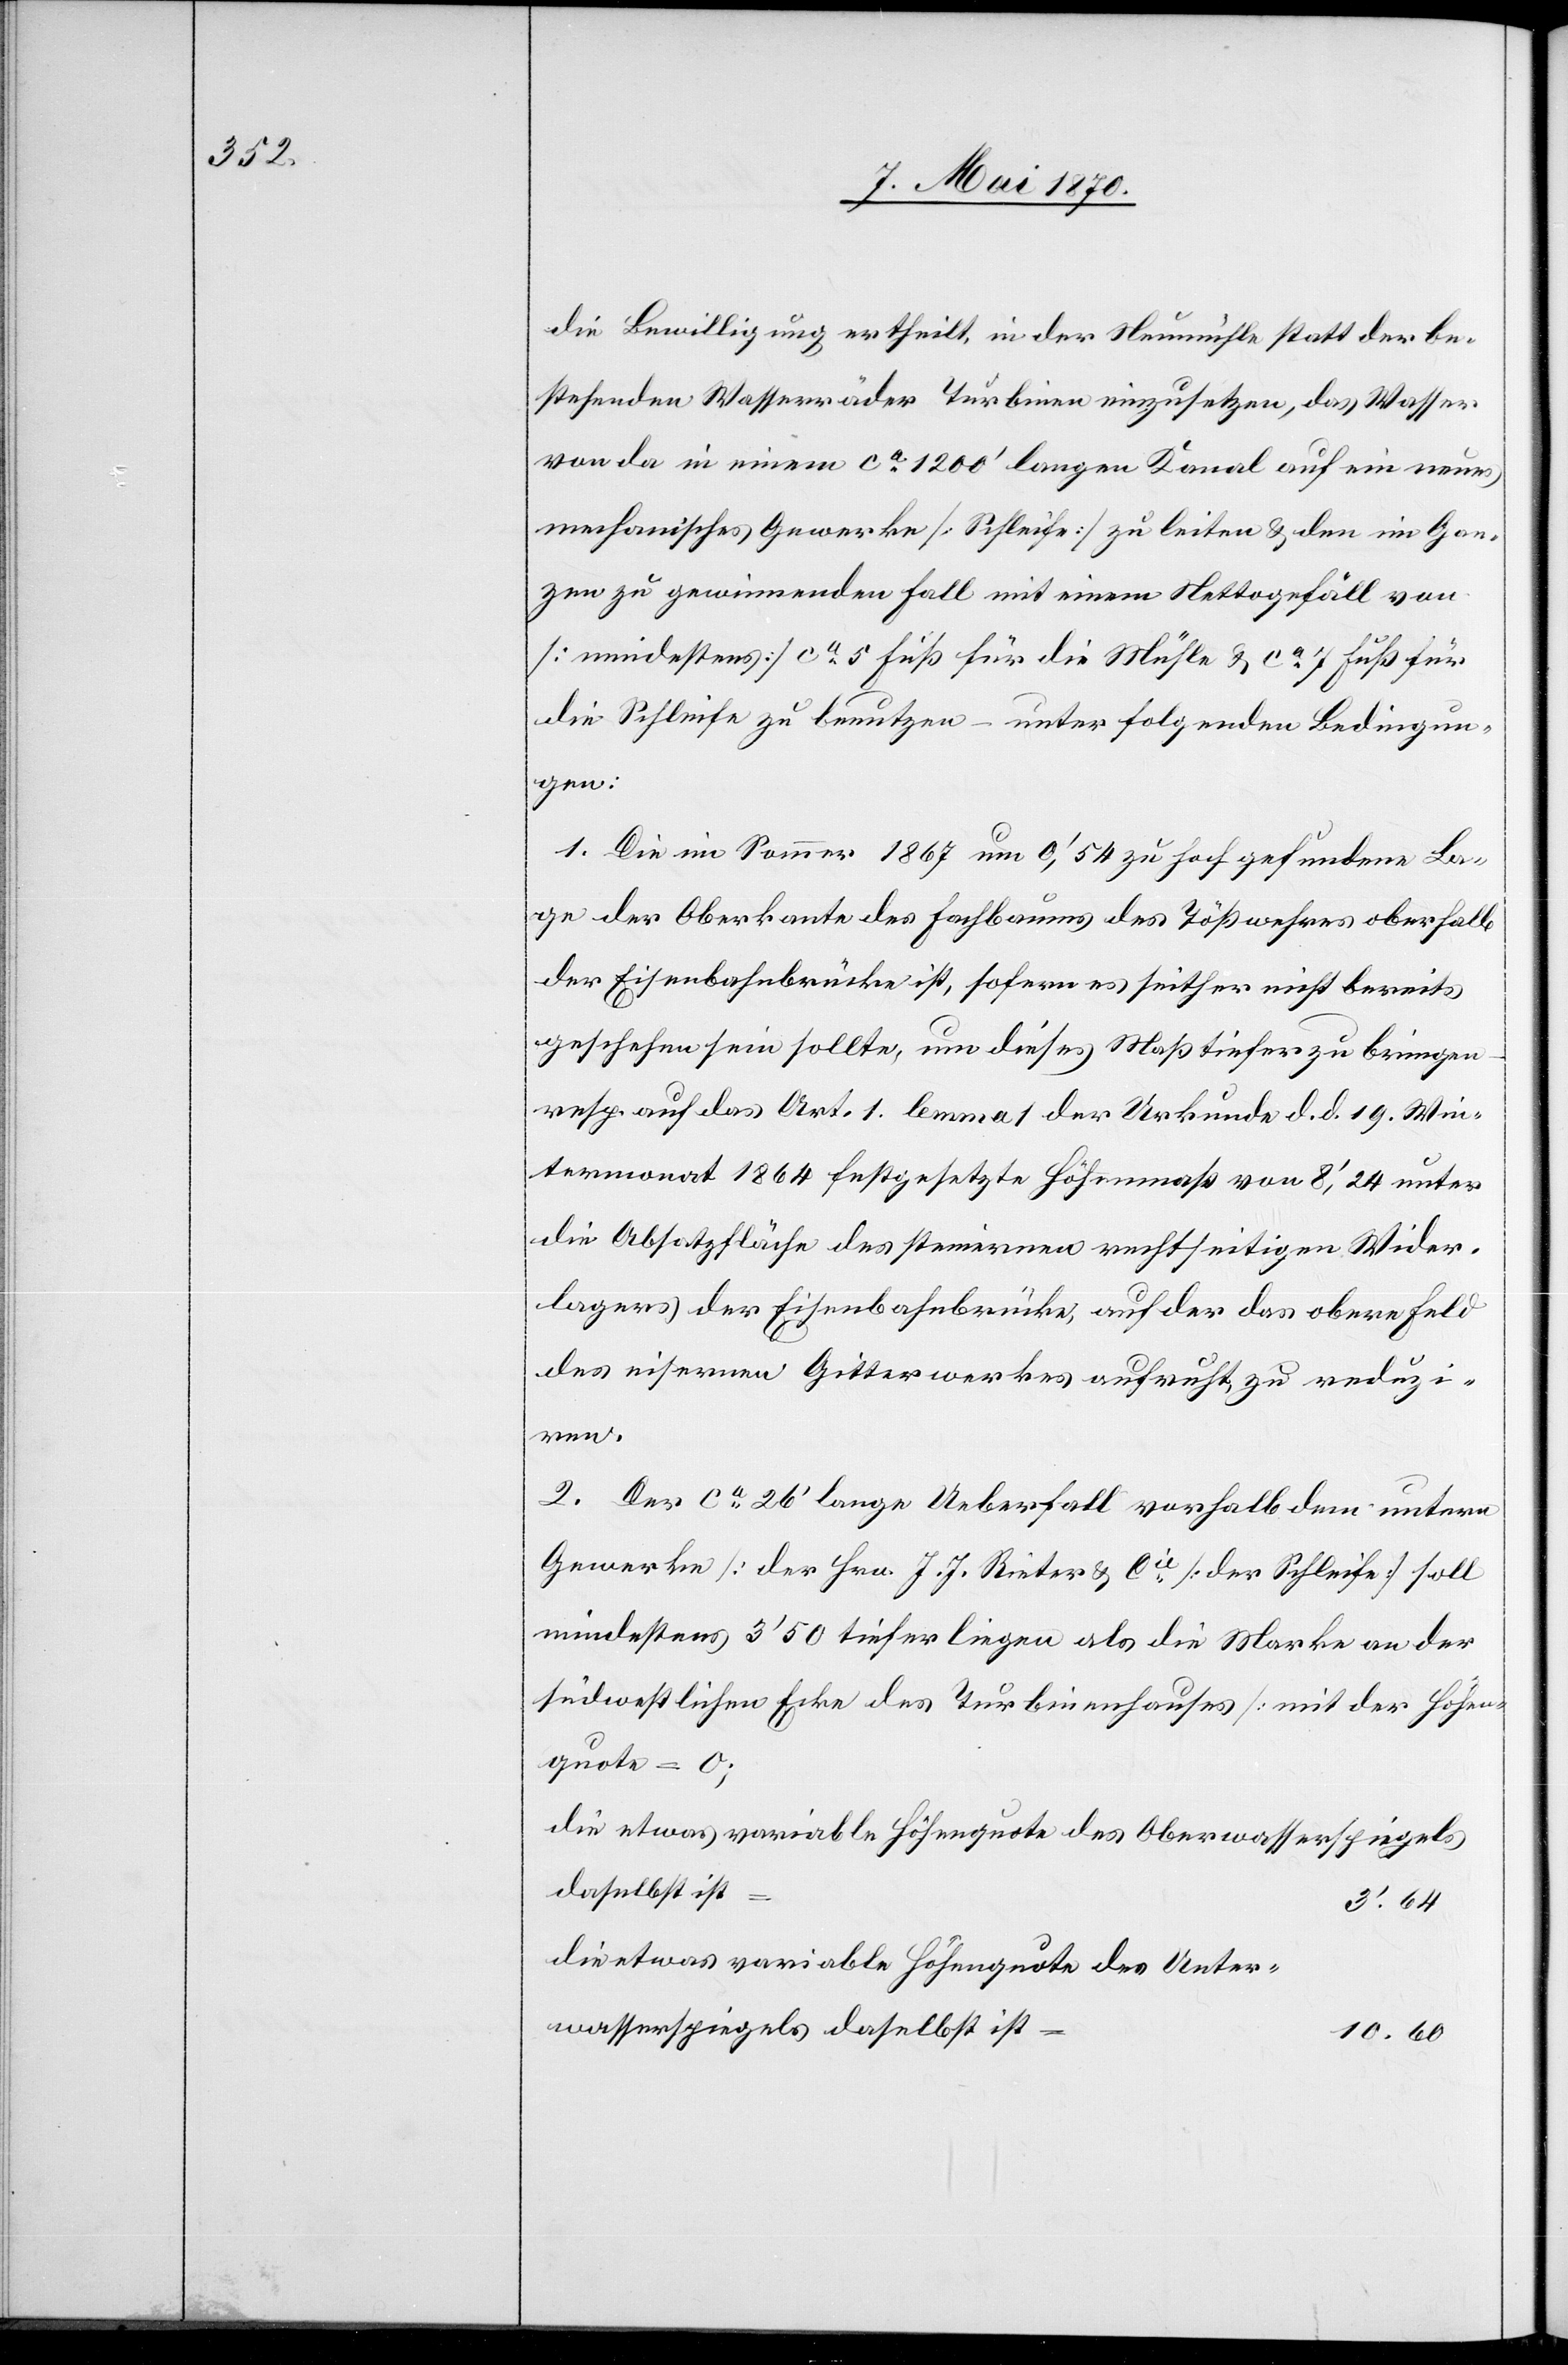
die Bewilligung ertheilt, in der Neumühle statt der be¬
stehenden Wasserräder Turbinen einzusetzen, das Wasser
von da in einem ca 1200‘ langen Kanal auf ein neues
mechanisches Gewerke [Schleife] zu leiten & den im Gan¬
zen zu gewinnenden Fall mit einem Nettogefäll von
[mindestens] ca 5 Fuß für die Mühle & ca 7 Fuß für
die Schleife zu benutzen – unter folgenden Bedingun¬
gen:
1. Die im Sommer 1867 um 0‘,54 zu hoch gefundene La¬
ge der Oberkante des Fachbaumes des Tößwehres oberhalb
der Eisenbahnbrücke ist, sofern es seither nicht bereits
geschehen sein sollte, um dieses Maß tiefer zu bringen
resp. auf das Art. 1 lemma 1 der Urkunde d. d. 19. Win¬
termonat 1864 festgesetzte Höhenmaß von 8‘,24 unter
die Absatzfläche des steinernen rechtseitigen Wider¬
lagers der Eisenbahnbrücke, auf der das obere Feld
des eisernen Gitterwerkes aufruht zu reduzi¬
ren.
2. Der ca 26‘ lange Ueberfall vorhalb dem untern
Gewerke [der Hrn. J. J. Rieter & Cie [der Schleife] soll
mindestens 3’50 tiefer liegen als die Marke an der
südwestlichen Ecke des Turbinenhauses [mit der Höhen¬
quote =
die etwas variable Höhenquote des Oberwasserspiegels
daselbst ist
3‘.64
die etwas variable Höhenquote des Unter¬
wasserspiegels daselbst ist
10.60